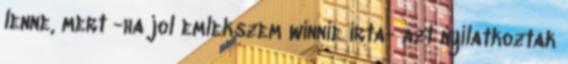
lenne, mert -ha jol emlekszem winnie irta- azt nyilatkoztak